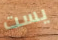
يست